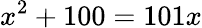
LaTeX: x^{2}+100=101x